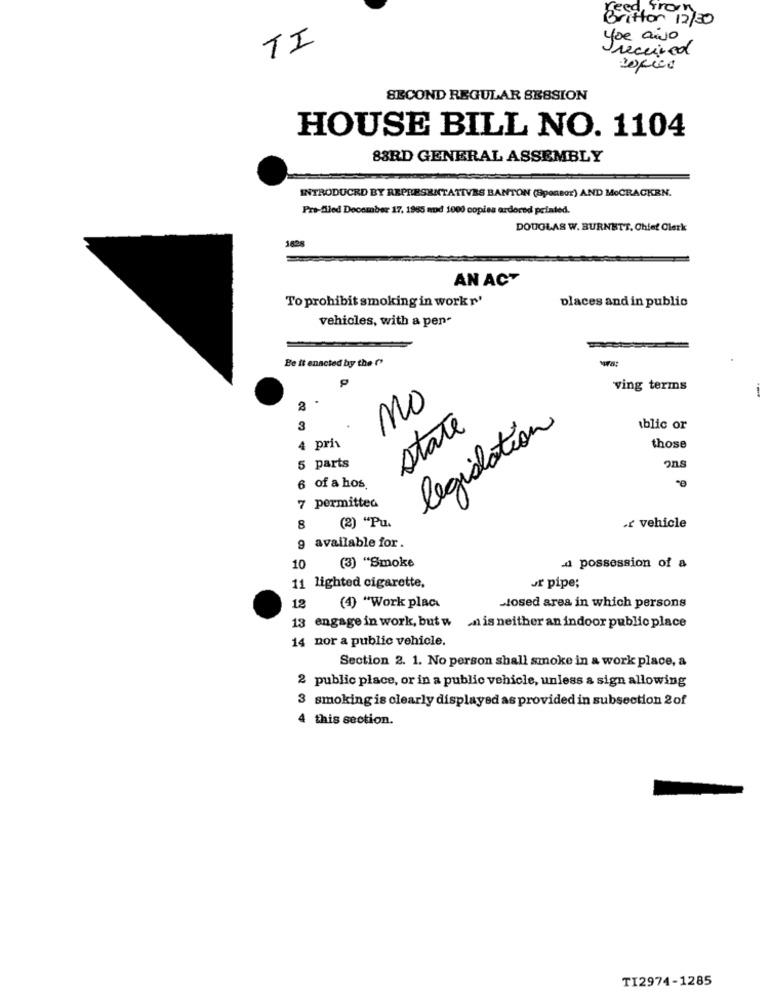
vittor 12/30
yoe aivo
TI
Ireceived
SECOND REGULAR SESSION
HOUSE BILL NO. 1104
83RD GENERAL ASSEMBLY
INTRODUCED BY REPRESENTATIVES BANTON (Sponsor) AND MoCRACKEN.
Pro-filed December 17. 1965 mod 1000 copies ardored printed.
DOUGLAS W. BURNETT. Chief Clerk
1828
AN ACT
To prohibit smoking in work r'
places and in public
vehicles, with a pen-
Be it enacted by the ("
P
ving terms
.
no
3
state
legislation
iblic or
4 pris
those
5 parts
ons
6 of a hos
7 permitted
8
(2) "Pu.
.r vehicle
available for.
(3) "Smoke
10
-d possession of a
11 lighted cigarette.
ur pipe;
12
(4) "Work place
-losed area in which persons
13 engage in work, but w _n is neither an indoor public place
14 nor a public vehicle.
Section 2. 1. No person shall smoke in a work place, a
2 public place, or in a public vehicle, unless a sign allowing
3 smoking is clearly displayed as provided in subsection 2of
4 this section.
TI2974-1285